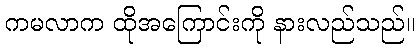
ကမလာက ထိုအကြောင်းကို နားလည်သည်။